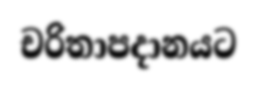
චරිතාපදානයට